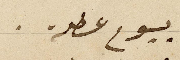
بيوم عطلة .